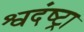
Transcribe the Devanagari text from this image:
श्वदंष्ट्रा